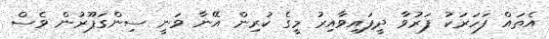
އެތައް ފަހަރަކު ފަރުވާ ދީފައިވާއިރު މީގެ ކުރިން އޭނާ ވަނީ ސިންގަޕޫރުން ވެސް